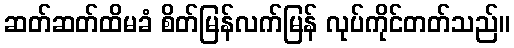
ဆတ်ဆတ်ထိမခံ စိတ်မြန်လက်မြန် လုပ်ကိုင်တတ်သည်။